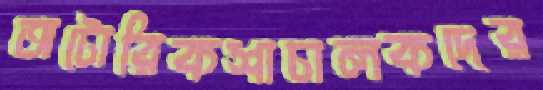
অটোরিকশাচালকদের